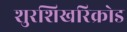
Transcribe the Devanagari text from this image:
शुरशिखरिक्रोड